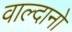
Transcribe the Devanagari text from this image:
वाल्दानो